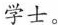
学士。